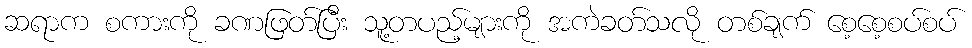
ဆရာက စကားကို ခဏဖြတ်ပြီး သူ့တပည့်များကို အကဲခတ်သလို တစ်ချက် စေ့စေ့စပ်စပ်